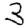
Digit: 3